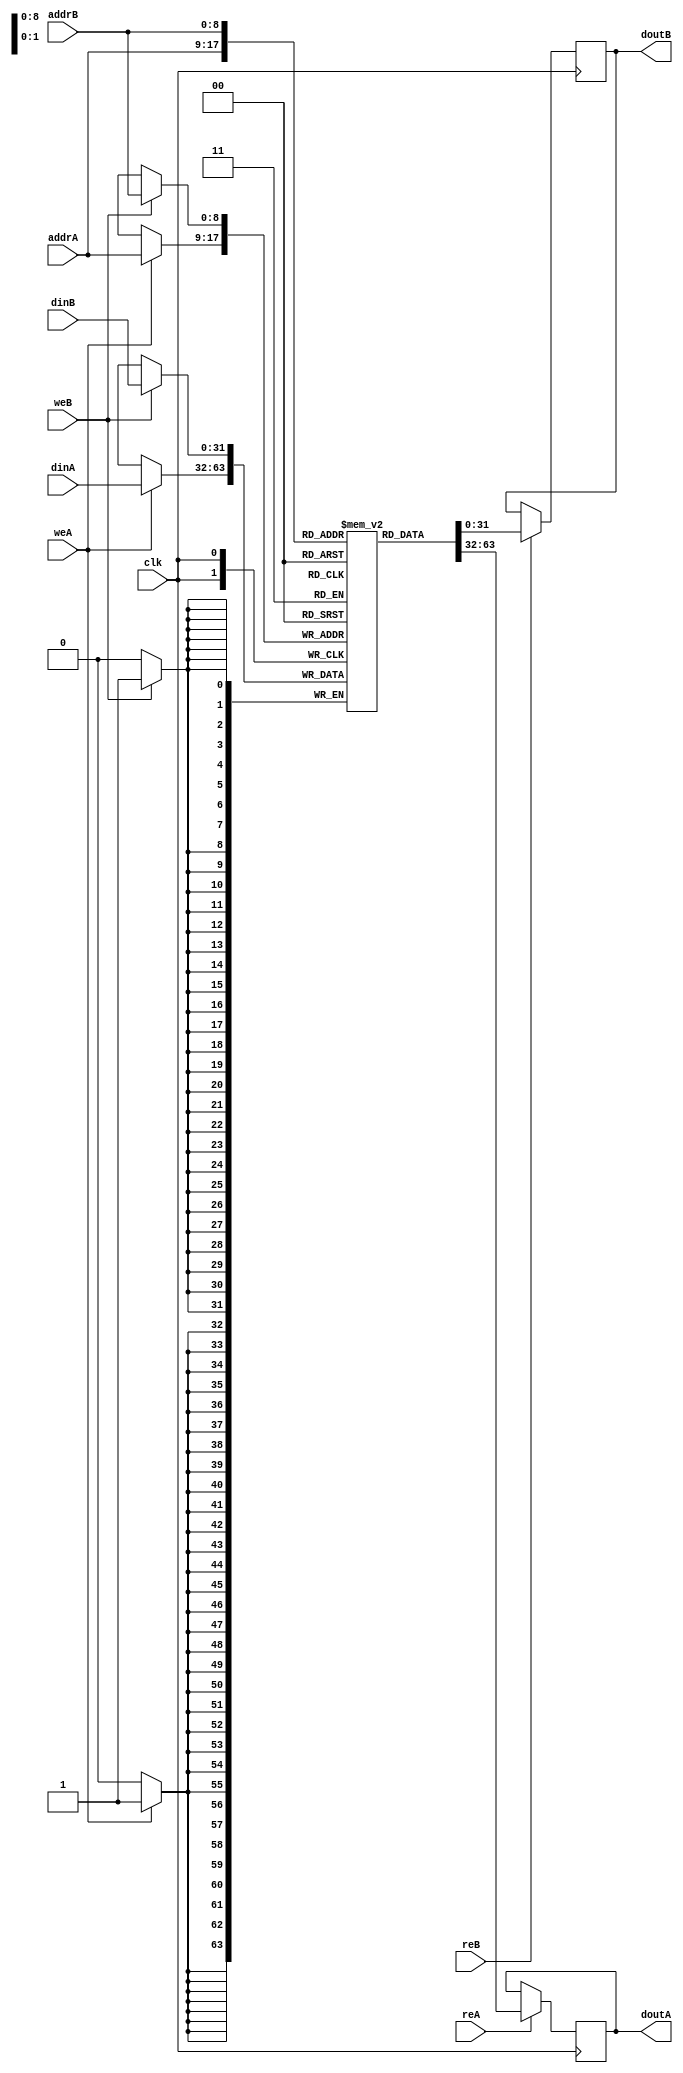
module ram_true_dp_rf_wre_512x32 (clk, weA, weB,reA, reB, addrA, addrB, dinA, dinB, doutA, doutB);
    input clk, weA, weB, reA, reB;
    input [8:0] addrA, addrB;
    input [31:0] dinA, dinB;
    output reg [31:0] doutA, doutB;
    
    reg [31:0] ram [511:0];
    always @(posedge clk)
    begin
        if (weA)
            ram[addrA] <= dinA;
        if (reA)
            doutA <= ram[addrA];
    end

    always @(posedge clk)
    begin
        if (weB)
            ram[addrB] <= dinB;
        if (reB)
            doutB <= ram[addrB];
    end

endmodule